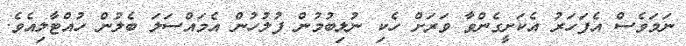
ނަމަވެސް އެފަހަރު އެކަށީގެންވާ ވަރަށް ހެކި ނުލިބުމުން ފުލުހުން އެމައްސަލަ ބެލުން ހުއްޓާލިއެވެ.